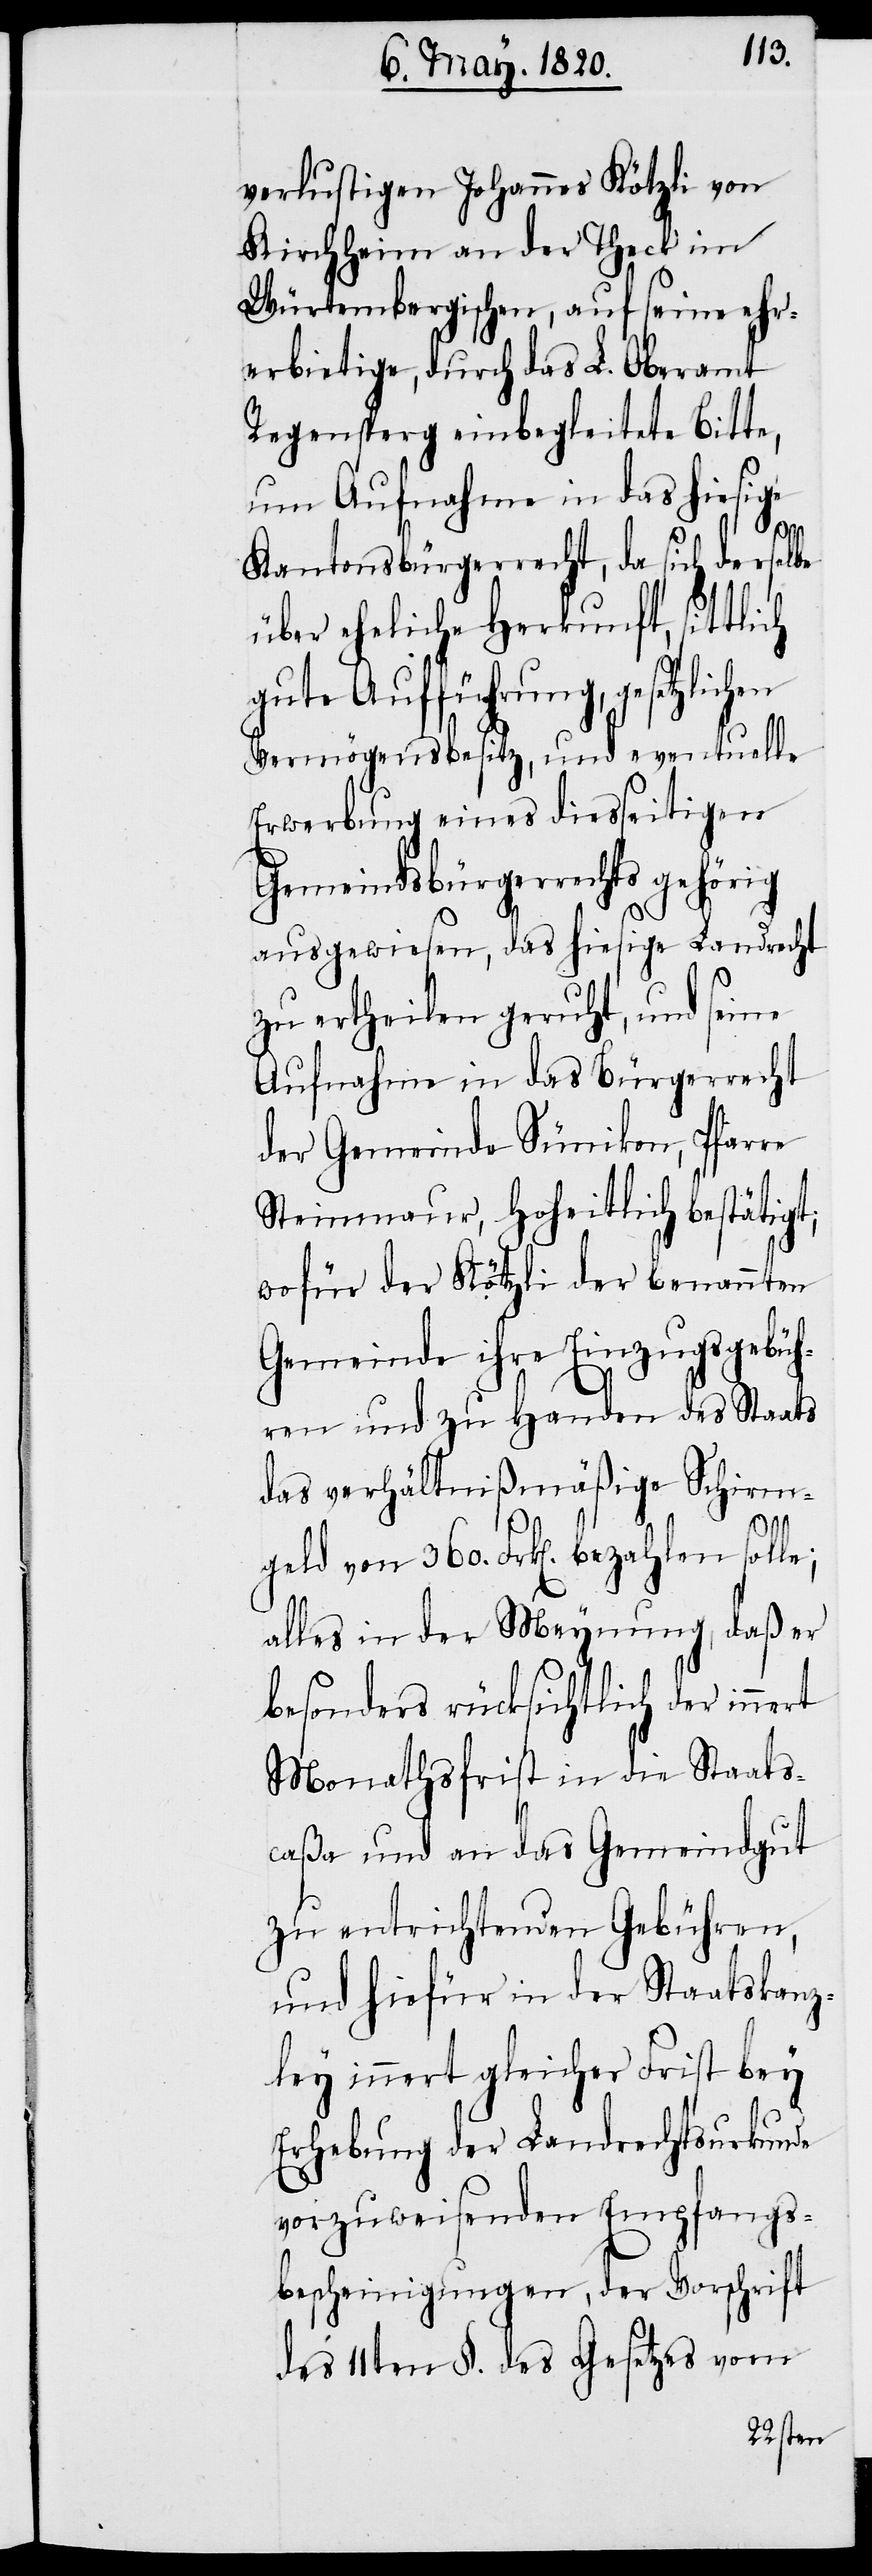
verlustigen Johannes Kötzli von
Kirchheim an der Theck im
Würtembergischen, auf seine ehr¬
erbietige, durch das L. Oberamt
Regensperg einbegleitete Bitte,
um Aufnahme in das hiesige
Kantonsbürgerrecht, da sich derselbe
über eheliche Herkunft, sittlich
gute Aufführung, gesetzlichen
Vermögensbesitz, und eventuelle
Erwerbung eines diesseitigen
Gemeindsbürgerrechts gehörig
ausgewiesen, das hiesige Landrecht
zu ertheilen geruht, und seine
Aufnahme in das Bürgerrecht
der Gemeinde Sünikon, Pfarre
Steinmaur, hoheitlich bestätigt;
wofür der Kötzli der benannten
Gemeinde ihre Einzugsgebüh¬
ren und zu Handen des Staats
das verhältnißmäßige Schirm¬
geld von 360. Frk[en]. bezahlen solle;
alles in der Meynung, daß er
besonders rücksichtlich der innert
Monathsfrist in die Staats¬
caßa und an das Gemeindgut
zu entrichtenden Gebühren,
und hiefür in der Staatskanz¬
ley innert gleicher Frist bey
Ehrhebung der Landrechtsurkunde
vorzuweisenden Empfangs¬
bescheinigungen, der Vorschrift
des 11ten §. des Gesetzes vom